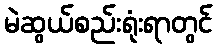
မဲဆွယ်စည်းရုံးရာတွင်